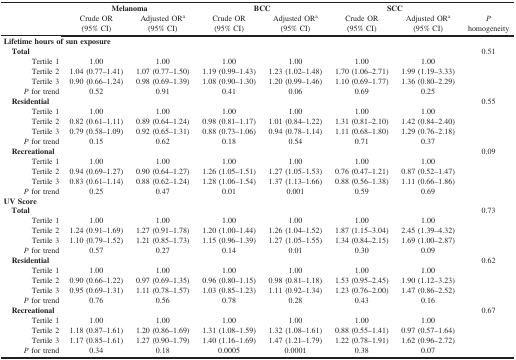
<table><thead><tr><td rowspan="2"><b> </b></td><td colspan="2"><b>Melanoma</b></td><td colspan="2"><b>BCC</b></td><td colspan="2"><b>SCC</b></td><td><b> </b></td></tr><tr><td><b>Crude OR(95% CI)</b></td><td><b>Adjusted OR<sup>a</sup>(95% CI)</b></td><td><b>Crude OR(95% CI)</b></td><td><b>Adjusted OR<sup>a</sup>(95% CI)</b></td><td><b>Crude OR(95% CI)</b></td><td><b>Adjusted OR<sup>a</sup>(95% CI)</b></td><td><b><i>P</i>homogeneity</b></td></tr></thead><tbody><tr><td colspan="2"><b>Lifetime hours of sun exposure</b></td><td> </td><td> </td><td> </td><td> </td><td> </td><td> </td></tr><tr><td><b> Total</b></td><td> </td><td> </td><td> </td><td> </td><td> </td><td> </td><td>0.51</td></tr><tr><td>Tertile 1</td><td>1.00</td><td>1.00</td><td>1.00</td><td>1.00</td><td>1.00</td><td>1.00</td><td> </td></tr><tr><td>Tertile 2</td><td>1.04 (0.77–1.41)</td><td>1.07 (0.77–1.50)</td><td>1.19 (0.99–1.43)</td><td>1.23 (1.02–1.48)</td><td>1.70 (1.06–2.71)</td><td>1.99 (1.19–3.33)</td><td> </td></tr><tr><td>Tertile 3</td><td>0.90 (0.66–1.24)</td><td>0.98 (0.69–1.39)</td><td>1.08 (0.90–1.30)</td><td>1.20 (0.99–1.46)</td><td>1.10 (0.69–1.77)</td><td>1.36 (0.80–2.29)</td><td> </td></tr><tr><td><i>P</i> for trend</td><td>0.52</td><td>0.91</td><td>0.41</td><td>0.06</td><td>0.69</td><td>0.25</td><td> </td></tr><tr><td><b> Residential</b></td><td> </td><td> </td><td> </td><td> </td><td> </td><td> </td><td>0.55</td></tr><tr><td>Tertile 1</td><td>1.00</td><td>1.00</td><td>1.00</td><td>1.00</td><td>1.00</td><td>1.00</td><td> </td></tr><tr><td>Tertile 2</td><td>0.82 (0.61–1.11)</td><td>0.89 (0.64–1.24)</td><td>0.98 (0.81–1.17)</td><td>1.01 (0.84–1.22)</td><td>1.31 (0.81–2.10)</td><td>1.42 (0.84–2.40)</td><td> </td></tr><tr><td>Tertile 3</td><td>0.79 (0.58–1.09)</td><td>0.92 (0.65–1.31)</td><td>0.88 (0.73–1.06)</td><td>0.94 (0.78–1.14)</td><td>1.11 (0.68–1.80)</td><td>1.29 (0.76–2.18)</td><td> </td></tr><tr><td><i>P</i> for trend</td><td>0.15</td><td>0.62</td><td>0.18</td><td>0.54</td><td>0.71</td><td>0.37</td><td> </td></tr><tr><td><b> Recreational</b></td><td> </td><td> </td><td> </td><td> </td><td> </td><td> </td><td>0.09</td></tr><tr><td>Tertile 1</td><td>1.00</td><td>1.00</td><td>1.00</td><td>1.00</td><td>1.00</td><td>1.00</td><td> </td></tr><tr><td>Tertile 2</td><td>0.94 (0.69–1.27)</td><td>0.90 (0.64–1.27)</td><td>1.26 (1.05–1.51)</td><td>1.27 (1.05–1.53)</td><td>0.76 (0.47–1.21)</td><td>0.87 (0.52–1.47)</td><td> </td></tr><tr><td>Tertile 3</td><td>0.83 (0.61–1.14)</td><td>0.88 (0.62–1.24)</td><td>1.28 (1.06–1.54)</td><td>1.37 (1.13–1.66)</td><td>0.88 (0.56–1.38)</td><td>1.11 (0.66–1.86)</td><td> </td></tr><tr><td><i>P</i> for trend</td><td>0.25</td><td>0.47</td><td>0.01</td><td>0.001</td><td>0.59</td><td>0.69</td><td> </td></tr><tr><td><b>UV Score</b></td><td> </td><td> </td><td> </td><td> </td><td> </td><td> </td><td> </td></tr><tr><td><b> Total</b></td><td> </td><td> </td><td> </td><td> </td><td> </td><td> </td><td>0.73</td></tr><tr><td>Tertile 1</td><td>1.00</td><td>1.00</td><td>1.00</td><td>1.00</td><td>1.00</td><td>1.00</td><td> </td></tr><tr><td>Tertile 2</td><td>1.24 (0.91–1.69)</td><td>1.27 (0.91–1.78)</td><td>1.20 (1.00–1.44)</td><td>1.26 (1.04–1.52)</td><td>1.87 (1.15–3.04)</td><td>2.45 (1.39–4.32)</td><td> </td></tr><tr><td>Tertile 3</td><td>1.10 (0.79–1.52)</td><td>1.21 (0.85–1.73)</td><td>1.15 (0.96–1.39)</td><td>1.27 (1.05–1.55)</td><td>1.34 (0.84–2.15)</td><td>1.69 (1.00–2.87)</td><td> </td></tr><tr><td><i>P</i> for trend</td><td>0.57</td><td>0.27</td><td>0.14</td><td>0.01</td><td>0.30</td><td>0.09</td><td> </td></tr><tr><td><b> Residential</b></td><td> </td><td> </td><td> </td><td> </td><td> </td><td> </td><td>0.62</td></tr><tr><td>Tertile 1</td><td>1.00</td><td>1.00</td><td>1.00</td><td>1.00</td><td>1.00</td><td>1.00</td><td> </td></tr><tr><td>Tertile 2</td><td>0.90 (0.66–1.22)</td><td>0.97 (0.69–1.35)</td><td>0.96 (0.80–1.15)</td><td>0.98 (0.81–1.18)</td><td>1.53 (0.95–2.45)</td><td>1.90 (1.12–3.23)</td><td> </td></tr><tr><td>Tertile 3</td><td>0.95 (0.69–1.31)</td><td>1.11 (0.78–1.57)</td><td>1.03 (0.85–1.23)</td><td>1.11 (0.92–1.34)</td><td>1.23 (0.76–2.00)</td><td>1.47 (0.86–2.52)</td><td> </td></tr><tr><td><i>P</i> for trend</td><td>0.76</td><td>0.56</td><td>0.78</td><td>0.28</td><td>0.43</td><td>0.16</td><td> </td></tr><tr><td><b> Recreational</b></td><td> </td><td> </td><td> </td><td> </td><td> </td><td> </td><td>0.67</td></tr><tr><td>Tertile 1</td><td>1.00</td><td>1.00</td><td>1.00</td><td>1.00</td><td>1.00</td><td>1.00</td><td> </td></tr><tr><td>Tertile 2</td><td>1.18 (0.87–1.61)</td><td>1.20 (0.86–1.69)</td><td>1.31 (1.08–1.59)</td><td>1.32 (1.08–1.61)</td><td>0.88 (0.55–1.41)</td><td>0.97 (0.57–1.64)</td><td> </td></tr><tr><td>Tertile 3</td><td>1.17 (0.85–1.61)</td><td>1.27 (0.90–1.79)</td><td>1.40 (1.16–1.69)</td><td>1.47 (1.21–1.79)</td><td>1.22 (0.78–1.91)</td><td>1.62 (0.96–2.72)</td><td> </td></tr><tr><td><i>P</i> for trend</td><td>0.34</td><td>0.18</td><td>0.0005</td><td>0.0001</td><td>0.38</td><td>0.07</td><td> </td></tr></tbody></table>